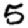
Digit: 5